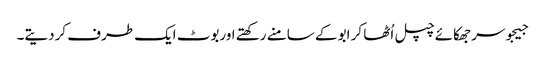
جیجوسر جھکائے چپل اُٹھا کر ابو کے سامنے رکھتے اوربوٹ ایک طرف کردیتے۔